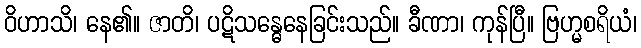
ဝိဟာသိ၊ နေ၏။ ဇာတိ၊ ပဋိသန္ဓေနေခြင်းသည်။ ခီဏာ၊ ကုန်ပြီ။ ဗြဟ္မစရိယံ၊